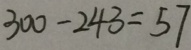
3 0 0 - 2 4 3 = 5 7